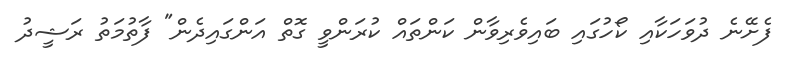
ފެށޭނެ ދުވަހަކާއި ކޯހުގައި ބައިވެރިވާން ކަންތައް ކުރަންވީ ގޮތް އަންގައިދެން" ފާތުމަތު ރަޝީދު